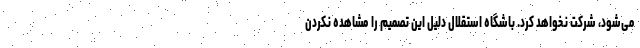
می‌شود، شرکت نخواهد کرد. باشگاه استقلال دلیل این تصمیم را مشاهده نکردن